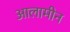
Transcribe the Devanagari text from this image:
आलामीन